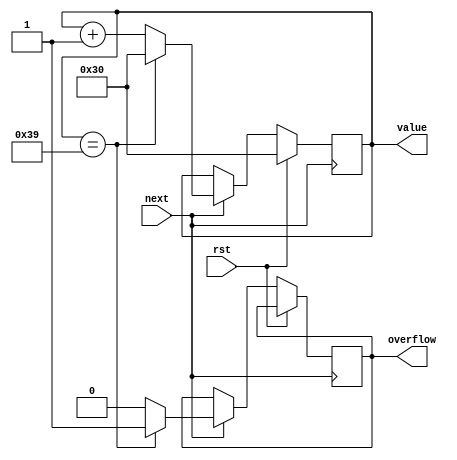
module ascii_int (
    input wire rst,
    input wire next,
    output reg overflow = 1'b0,
    output reg [7:0] value = 8'h30
);

always @(posedge next)
begin
    overflow <= overflow;
    value <= value;
    
    if (rst)
    begin
        value <= 8'h30;
    end
    else
    begin
        if (next)
        begin
            if (value == 8'h39)
            begin
                value <= 8'h30;
                overflow <= 1'b1; 
            end
            else
            begin
                value <= value + 8'h1;
                overflow <= 1'b0; 
            end
        end        
    end
end

endmodule